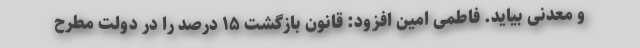
و معدنی بیاید. فاطمی امین افزود: قانون بازگشت ۱۵ درصد را در دولت مطرح